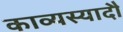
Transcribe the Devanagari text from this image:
काव्यस्यादौ